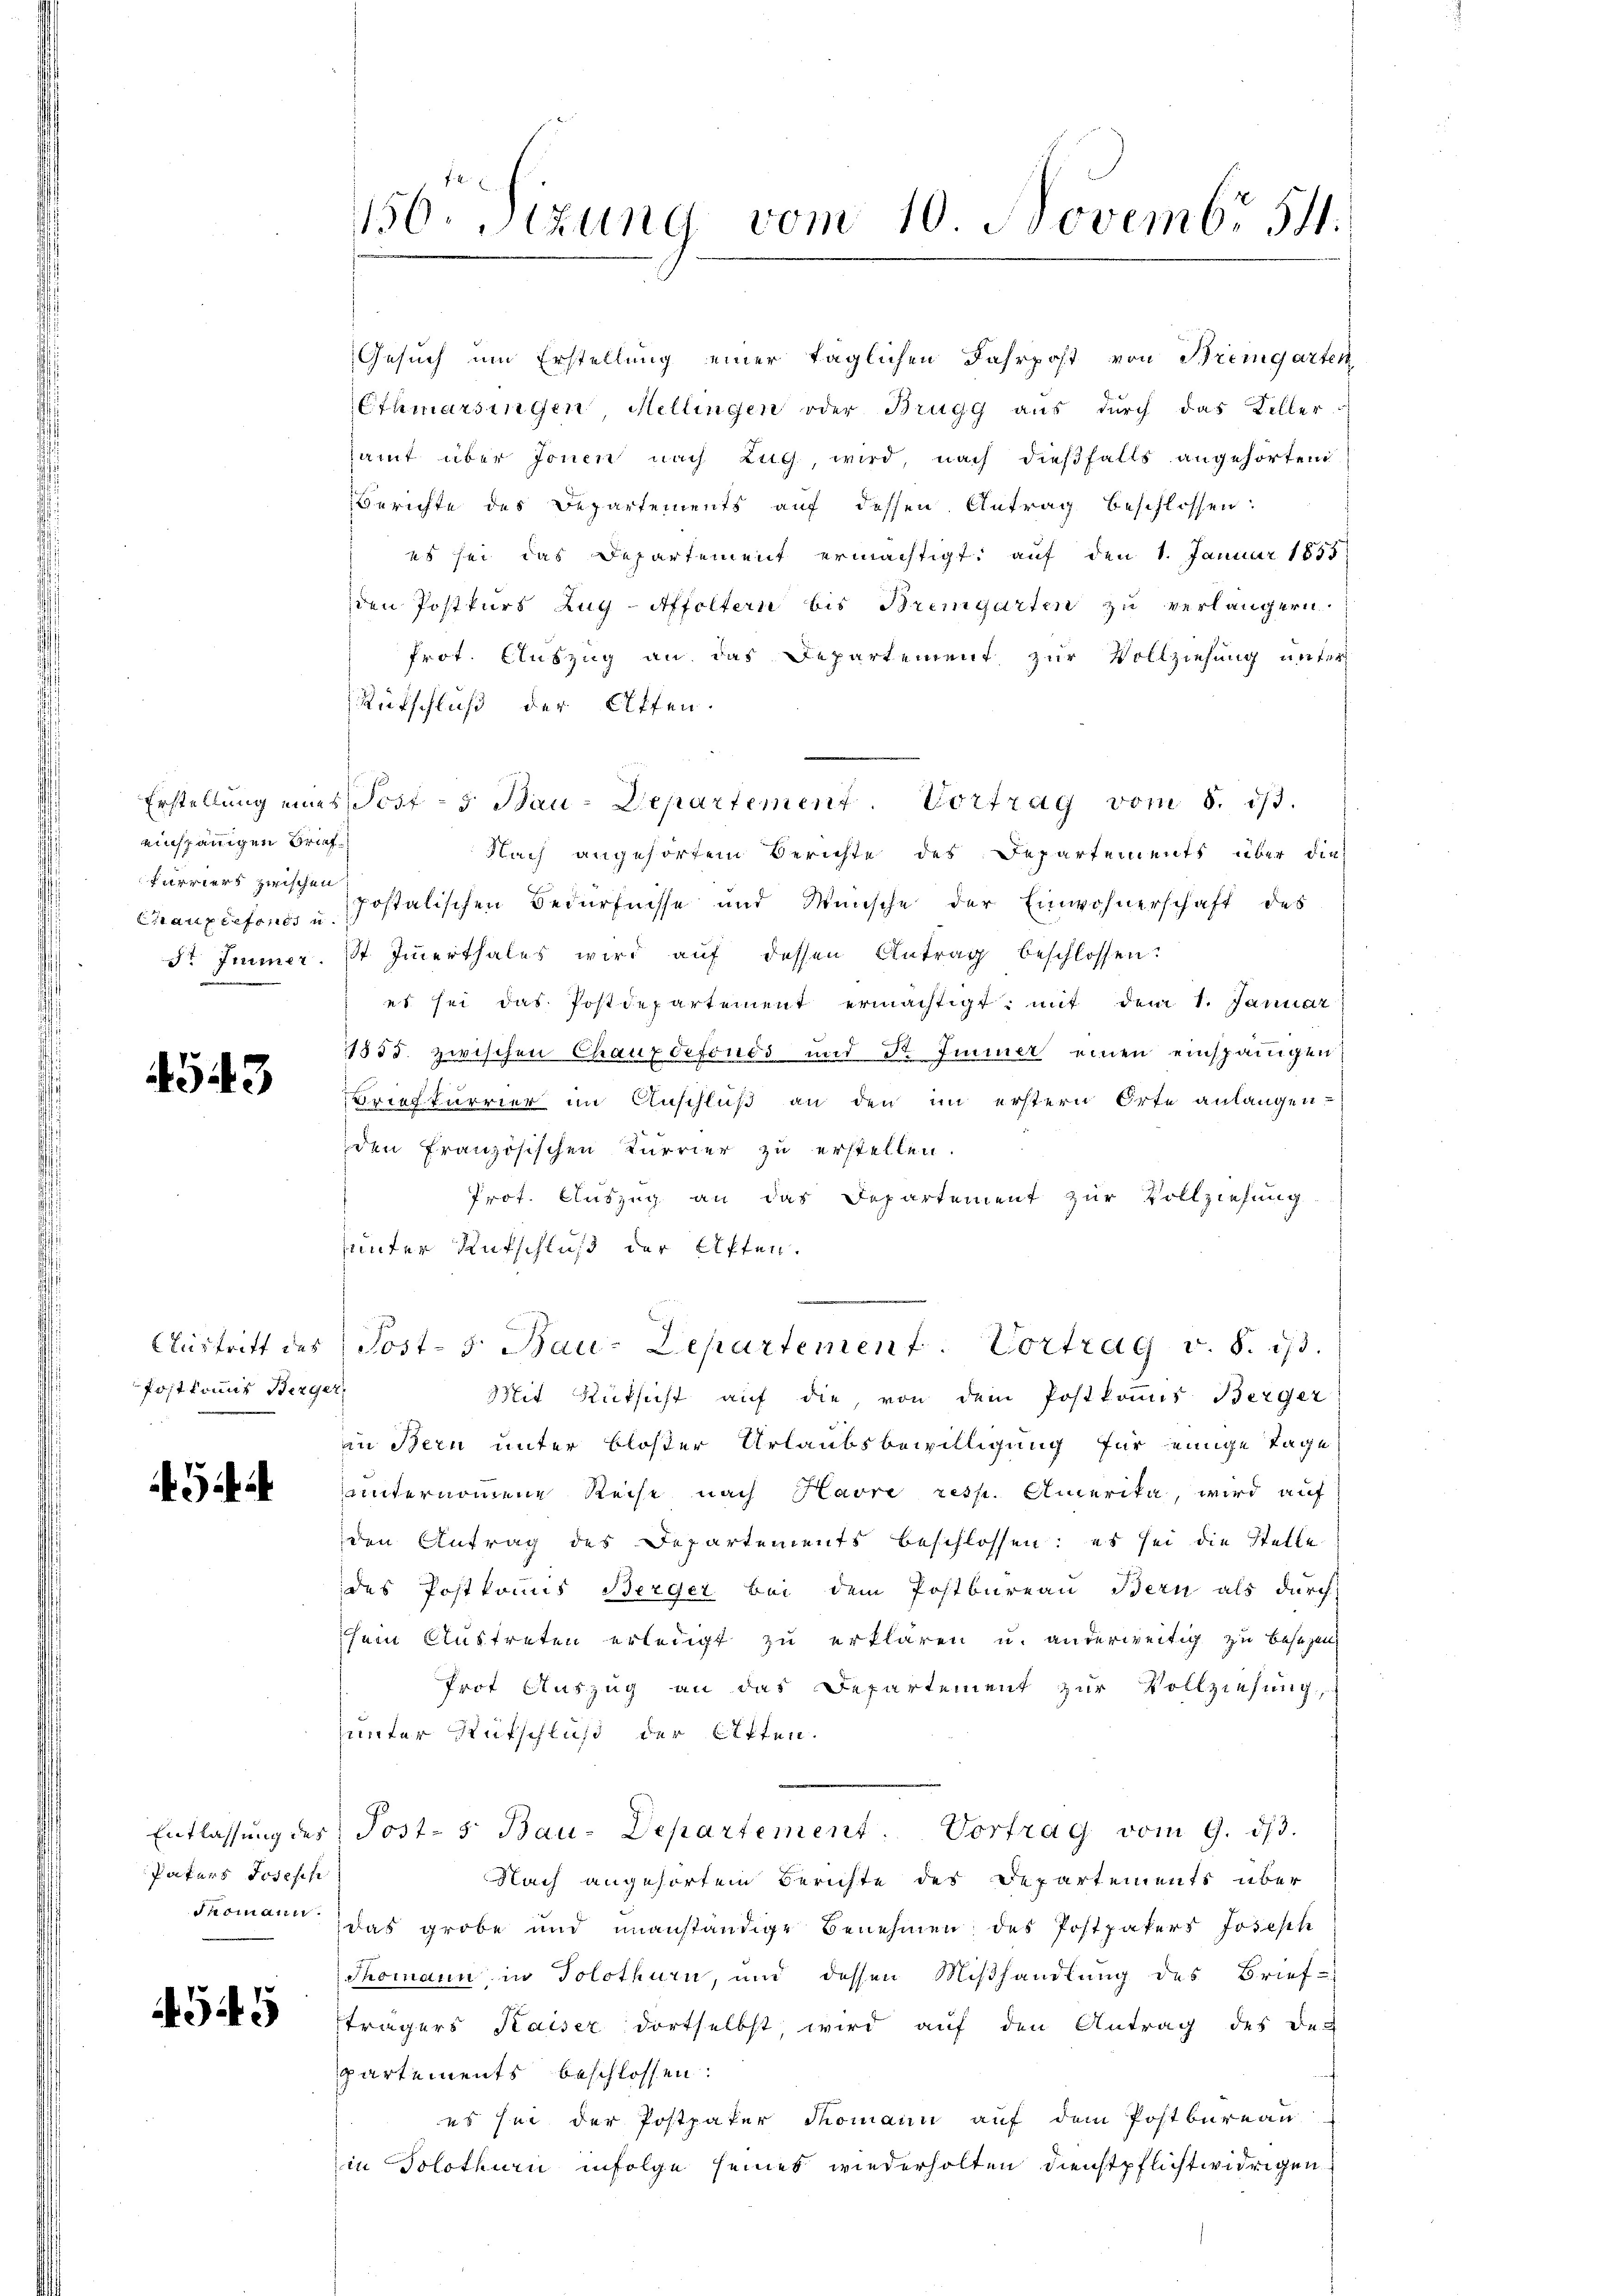
einspännigen Brieffurriers zwischen
Chaux refonds u.

4543

Austritt des
Postkomit Berger,

3

Entlassung des
Paters Josesch
dnomann.

4545

156. Sizung vom 10. Novembr 54.

Gesuch um Erstellung einer täglichen Jahrpost von Bremgarten
Ethmarsingen Mellingen oder Brugg aus durch das Keller
samt über Jonen nach Zug, wird, nach dießfalls angehörten
Berichte des Departements auf dessen Antrag beschlossen:
es sei das Departement ermächtigt, auf den 1. Januar 1855
den Postkurs Zug-Affoltern bis Bremgarten zu verlängern.
Prot. Auszug an das Departement zur Vollziehung unter
Rutschluß der Atten.
Nach angehörten Berichte des Departements über die
postalischen Bedürfnisse und Wünsche der Einwohnerschaft des
Fr Jenner. St. Immerthales wird aŭf dessen Antrag beschlossen:
es sei das Postdepartement ermächtigt; mit dem 1. Januar
11855. zwischen Chauxdefonos und Dr. Immer einen einspänigen
Brieftarrier im Anschluß an den im erstern Orte anlangen.
den Französischen Kurrier zu erstellen.
Prot. Auszug an das Departement zur Vollziehung
sunter Aufschluß der Akten.
Post- 5. Bau-Departement. Vortrag v. 8. 173.
Mit Rüksicht auf die, von dem Postkomis Berger
in Bern unter bloßer Urlaubsbewilligung für einige Tage,
unternommene Reise nach Havre resp. Angerita, wird auf
den Antrag des Departements beschlossen: es sei die Stelle
des Postkomis Berger bei dem Postbureau Bern als durch
sein Austreten erledigt zu erklären u. anderweitig zu besezen
Prrt Auszug an das Departement zur Vollziehung
unter Rutschluß der Atten.
Post- 5. Bau-Departement. Vortrag vom 9. d.
Nach angehörtem Berichte des Departements über
das grobe und unanständige Benehmen des Postpaters Joseph
desmann in Solothurn, und dessen Mißhandlung des Brief-
trägers Kaiser dortselbst, wird auf den Antrag des Departements beschlossen:
es sei der Postpater domann auf dem Postbureau
in Solothurn infolge seines wiederholten Dienstpflichtwidrigen.

Erstellung eines Torf - 5 Bau-Departement. Vortrag vom 8. ds.